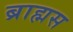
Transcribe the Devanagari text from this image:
ब्राह्मस